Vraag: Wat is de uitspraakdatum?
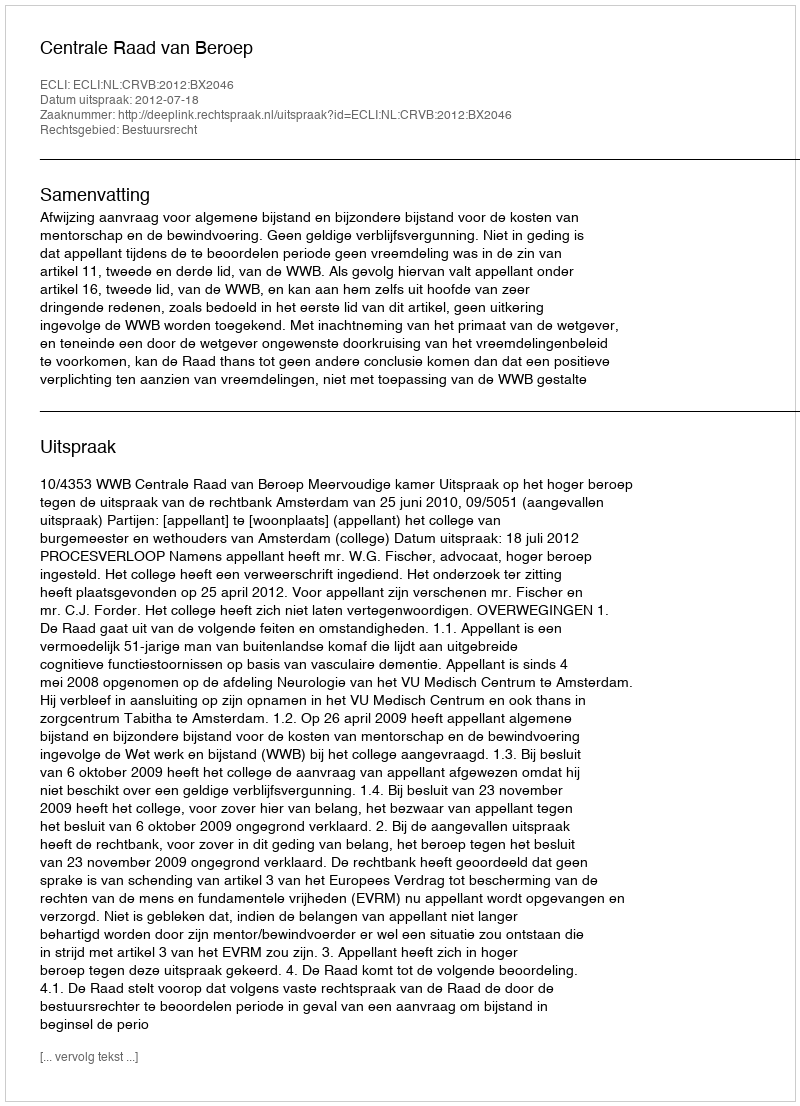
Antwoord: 2012-07-18